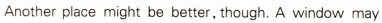
Another place might be better,though.A window may